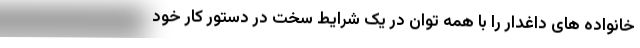
خانواده های داغدار را با همه توان در یک شرایط سخت در دستور کار خود